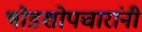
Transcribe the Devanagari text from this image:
षोडशोपचारांनी